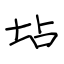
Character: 坫